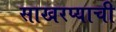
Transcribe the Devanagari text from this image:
साखरप्याची